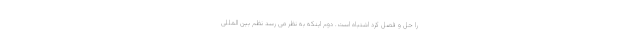
را حل و فصل کرد اشتباه است. دوم اینکه به نظر می رسد نظم بین المللی